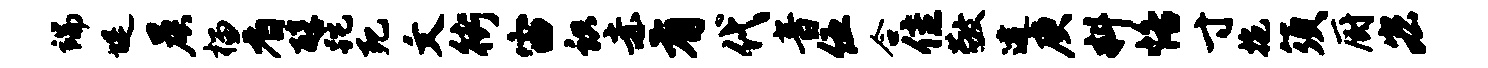
端堤晨榴看醇跎死文街宙识赤有代音伍合隹敬逮庚料恪寸拖须厨宏